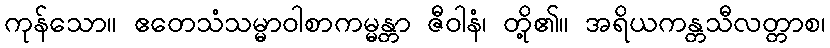
ကုန်သော။ ဧတေသံသမ္မာဝါစာကမ္မန္တာ ဇီဝါနံ၊ တို့၏။ အရိယကန္တသီလတ္တာစ၊